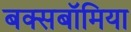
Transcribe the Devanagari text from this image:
बक्सबॉमिया